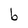
Character: b